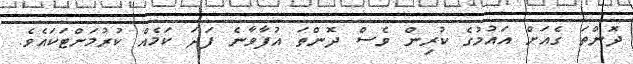
ދޮންތަ ގެއަށް އައުމުގެ ކުރިން ވެސް ދޮންތަ އުފާވާނެ ފަދަ ކަމެއް ކުރުމަށްޓަކައެވެ.